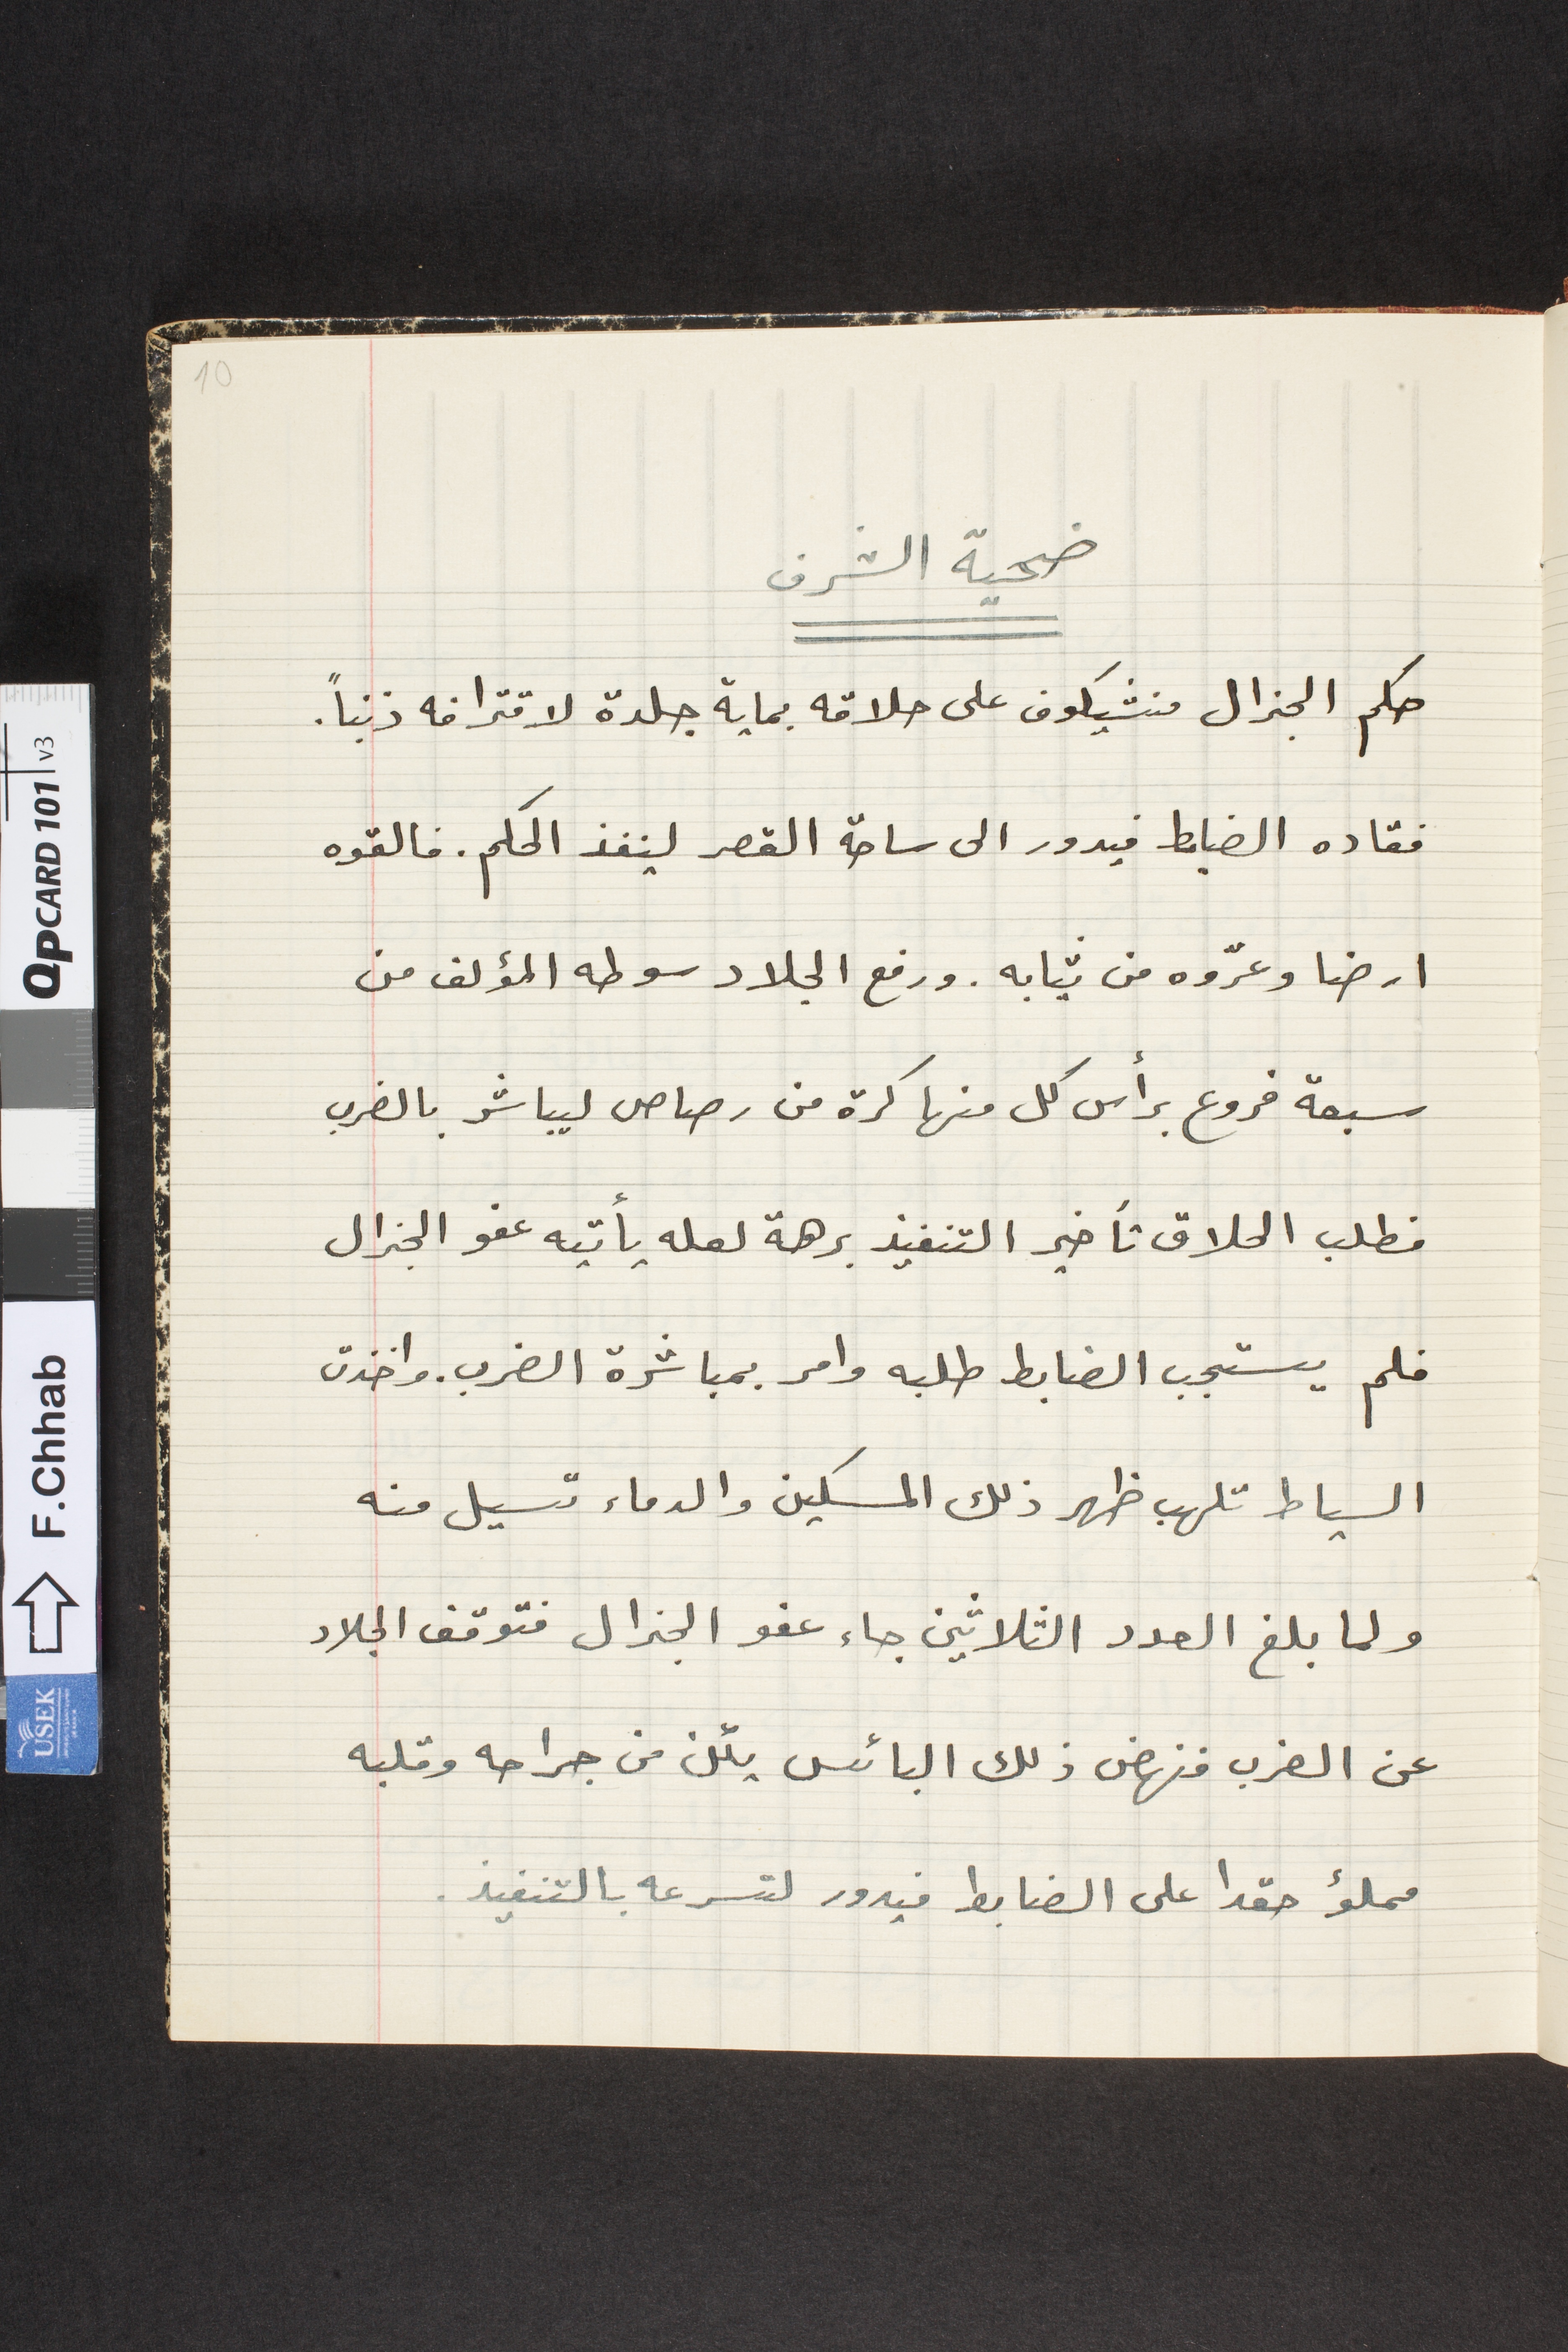
ضحية الشرف
حكم الجنرال منشيكوف على حلاقه بماية جلدة لاقترافه ذنباً.
فقاده الضابط فيدور الى ساحة القصر لينفذ الحكم. فالقوه
ارضا وعرّوه من ثيابه. ورفع الجلاد سوطه المؤلف من
سبعة فروع برأس كل منها كرة من رصاص ليباشر بالضرب
فطلب الحلاق تأخير التنفيذ برهة لعله يأتيه عفو الجنرال
فلم يستجب الضابط طلبه وامر بمباشرة الضرب. واخذت
السياط تلهب ظهر ذلك المسكين والدماء تسيل منه
ولما بلغ العدد الثلاثين جاء عفو الجنرال فتوقف الجلاد
عن الضرب فنهض ذلك البائس يئن من جراحه وقلبه
مملؤ حقدا على الضابط فيدور لتسرعه بالتنفيذ.